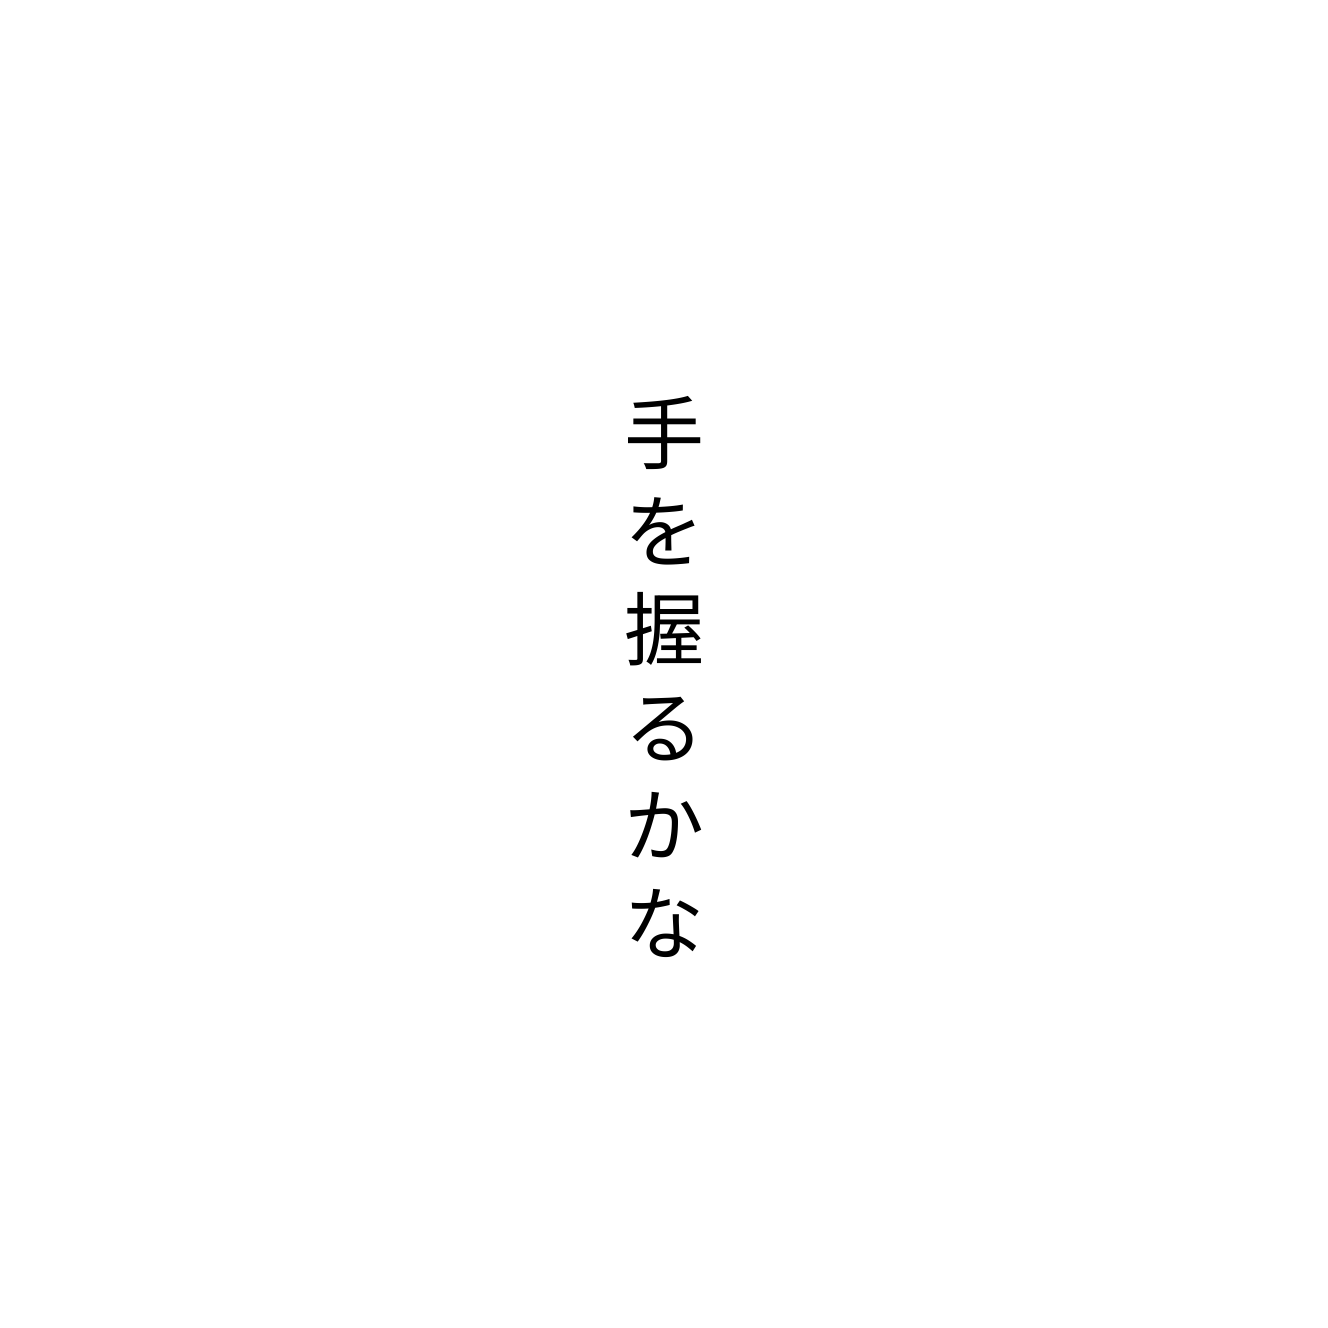
手を握るかな